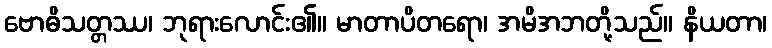
ဗောဓိသတ္တဿ၊ ဘုရားလောင်း၏။ မာတာပိတရော၊ အမိအဘတို့သည်။ နိယတာ၊